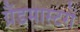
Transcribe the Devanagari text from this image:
ग्रैंडमास्टरों